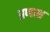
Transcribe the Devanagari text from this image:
प्रणाश